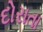
દોરાતા